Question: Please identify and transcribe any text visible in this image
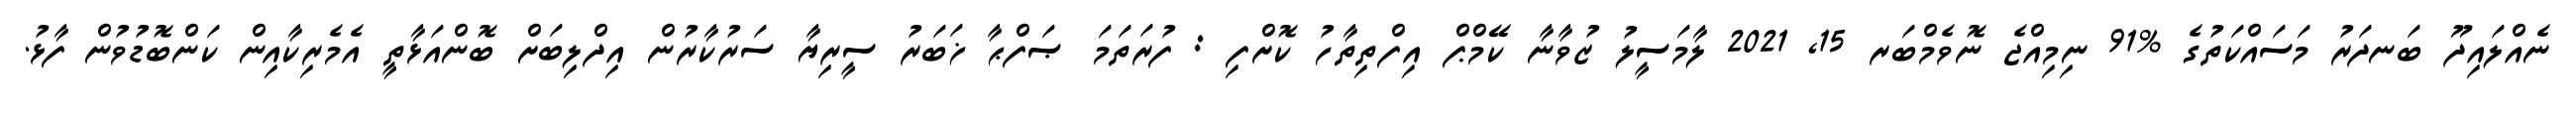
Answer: ނެއްލައިދޫ ބަނދަރު މަސައްކަތުގެ %91 ނިމިއްޖެ ނޮވެމްބަރ 15, 2021 ލާމަސީލު ޒުވާނާ ކޭމްޕް އިފްތިތާހު ކޮށްފި : ފުރަތަމަ ޞަފްޙާ ޚަބަރު ސީރިޔާ ސަރުކާރުން އިދްލިބަށް ބޮންއަޅާތީ އެމެރިކާއިން ކަންބޮޑުވުން ފާޅު.